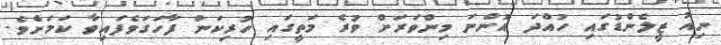
ނިއު ޒީލެންޑުގައި ހުއްދަ އޮންނަ މިންވަރަށް ވުރެ މަތީގައި ހުރިކަން ފާހަގަވެފައިވާ ކަމަށެވެ.